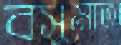
বসুমাতা